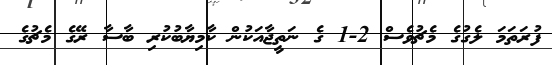
ފުރަތަމަ ލެގުގެ މެޗުވެސް 2-1 ގެ ނަތީޖާއަކުން ކާމިޔާބުކުރި ބާސާ ރޭގެ މެޗުގެ